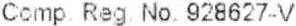
COMP REG NO. 928627-V